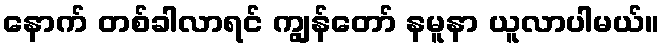
နောက် တစ်ခါလာရင် ကျွန်တော် နမူနာ ယူလာပါမယ်။